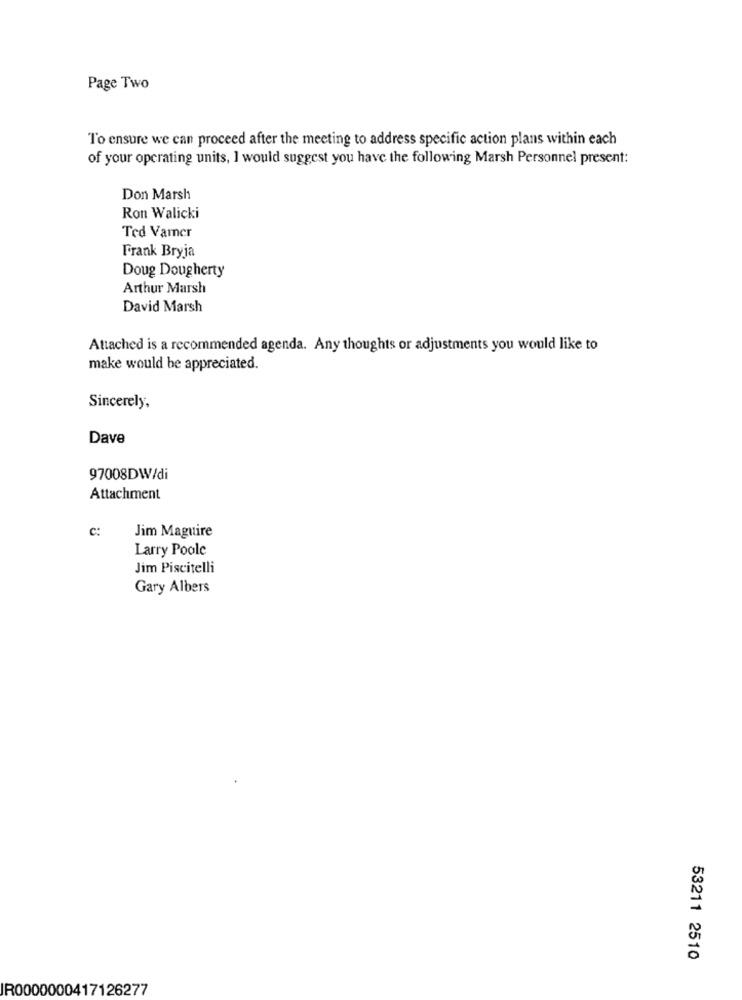
Page Two
To ensure we can proceed after the meeting to address specific action plans within each
of your operating units, I would suggest you have the following Marsh Personnel present:
Don Marsh
Ron Walicki
Ted Varer
Frank Bryja
Doug Dougherty
Arthur Marsh
David Marsh
Attached is a recommended agenda. Any thoughts or adjustments you would like to
make would be appreciated.
Sincerely,
Dave
97008DW/di
Attachment
c:
Jim Maguire
Larry Poole
Jim Piscitelli
Gary Albers
53211 2510
IR0000000417126277